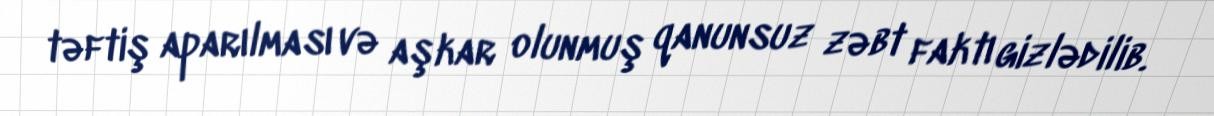
təftiş aparılması və aşkar olunmuş qanunsuz zəbt faktı gizlədilib.